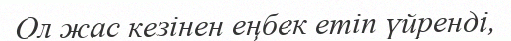
Ол жас кезінен еңбек етіп үйренді,